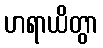
ဟရာယိတွာ